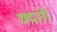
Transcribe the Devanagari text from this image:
छदांनी